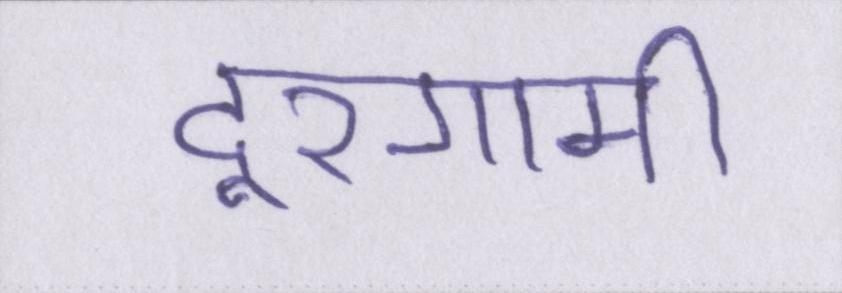
दूरगामी